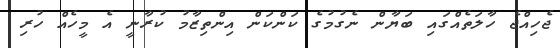
ޖެހިއްޖެ ހާލަތެއްގައި ބަޔާން ނެގުމުގެ ކަންކަން އިންތިޒާމު ކުރާނީ އެ މީހެއް ހުރި